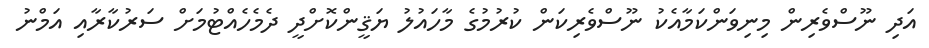
އަދި ނޫސްވެރިން މިނިވަންކަމާއެކު ނޫސްވެރިކަން ކުރުމުގެ މާހައުލު ޔަޤީންކޮށްދީ ދެމެހެއްޓުމަށް ސަރުކާރާއި އަމްނު